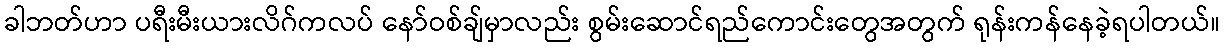
ခါဘတ်ဟာ ပရီးမီးယားလိဂ်ကလပ် နော်ဝစ်ချ်မှာလည်း စွမ်းဆောင်ရည်ကောင်းတွေအတွက် ရုန်းကန်နေခဲ့ရပါတယ်။